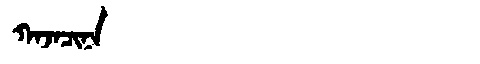
Manchu: ᡴᠠᠵᠠᠴᡳᠨᠠ
Romanization: KAJACINA